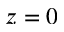
z = 0